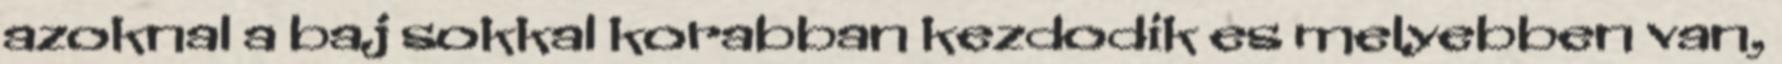
azoknal a baj sokkal korabban kezdodik es melyebben van,